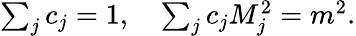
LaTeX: \begin{array}{r}{\sum_{j}c_{j}=1,\quad\sum_{j}c_{j}M_{j}^{2}=m^{2}.}\end{array}